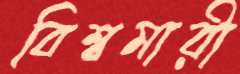
বিশ্বমারী